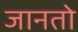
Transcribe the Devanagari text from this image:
जानतो